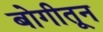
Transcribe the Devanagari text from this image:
बोगीतून